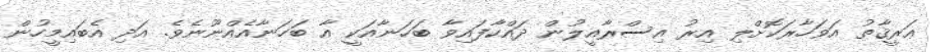
ޢަރީޤާތު އަވަހާރަކޮށްލި އިރު އިސްރާއީލުން ދައްކާފައިވާ ބަހަނާއަކީ އާ ބަހަނާއެއްނޫނެވެ. އަދި އެބައިމީހުން